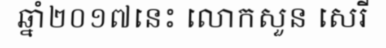
ឆ្នាំ២០១៧នេះ លោកសួន សេរី